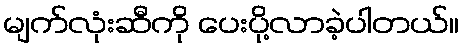
မျက်လုံးဆီကို ပေးပို့လာခဲ့ပါတယ်။